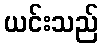
ယင်းသည်